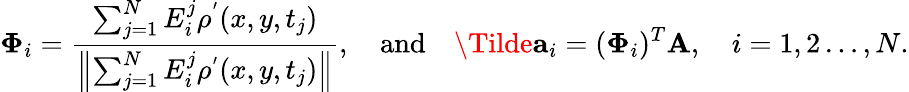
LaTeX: \boldsymbol{\Phi}_{i}=\frac{\sum_{j=1}^{N}E_{i}^{j}\rho^{'}(x,y,t_{j})}{\left\| \sum_{j=1}^{N}E_{i}^{j}\rho^{'}(x,y,t_{j})\right\| },\quad\mathrm{and}\quad\Tilde{\mathbf{a}}_{i}=(\mathbf{\Phi}_{i})^{T}\mathbf{A},\quad i=1,2\ldots,N.